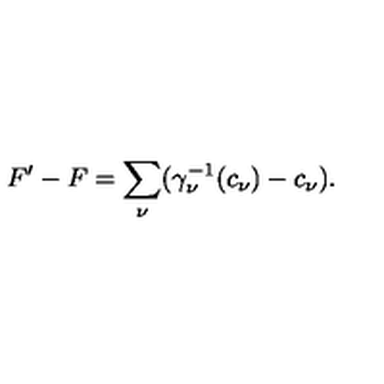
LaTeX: F ^ { \prime } - F = \sum _ { \nu } ( \gamma _ { \nu } ^ { - 1 } ( c _ { \nu } ) - c _ { \nu } ) .